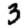
Digit: 3